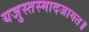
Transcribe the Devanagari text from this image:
यजुस्तस्मादजायत॥